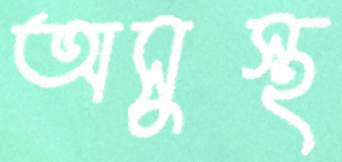
অসুস্থ